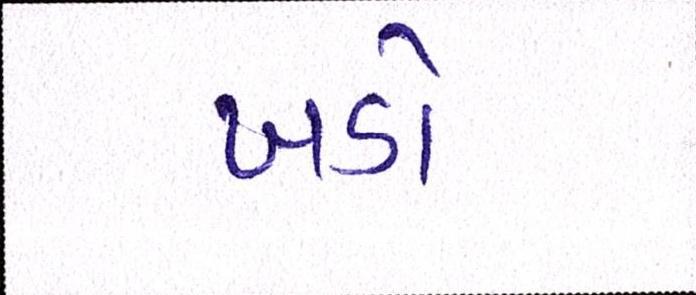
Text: ખડો